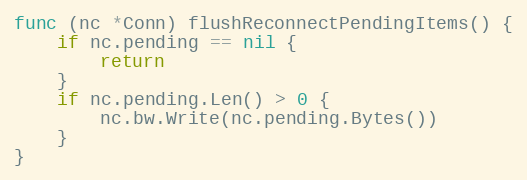
Language: Go
func (nc *Conn) flushReconnectPendingItems() {
	if nc.pending == nil {
		return
	}
	if nc.pending.Len() > 0 {
		nc.bw.Write(nc.pending.Bytes())
	}
}